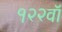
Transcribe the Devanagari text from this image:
१२२वॉ